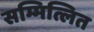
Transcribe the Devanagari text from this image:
सम्मित्लित